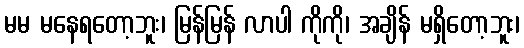
မမ မနေရတော့ဘူး၊ မြန်မြန် လာပါ ကိုကို၊ အချိန် မရှိတော့ဘူး၊